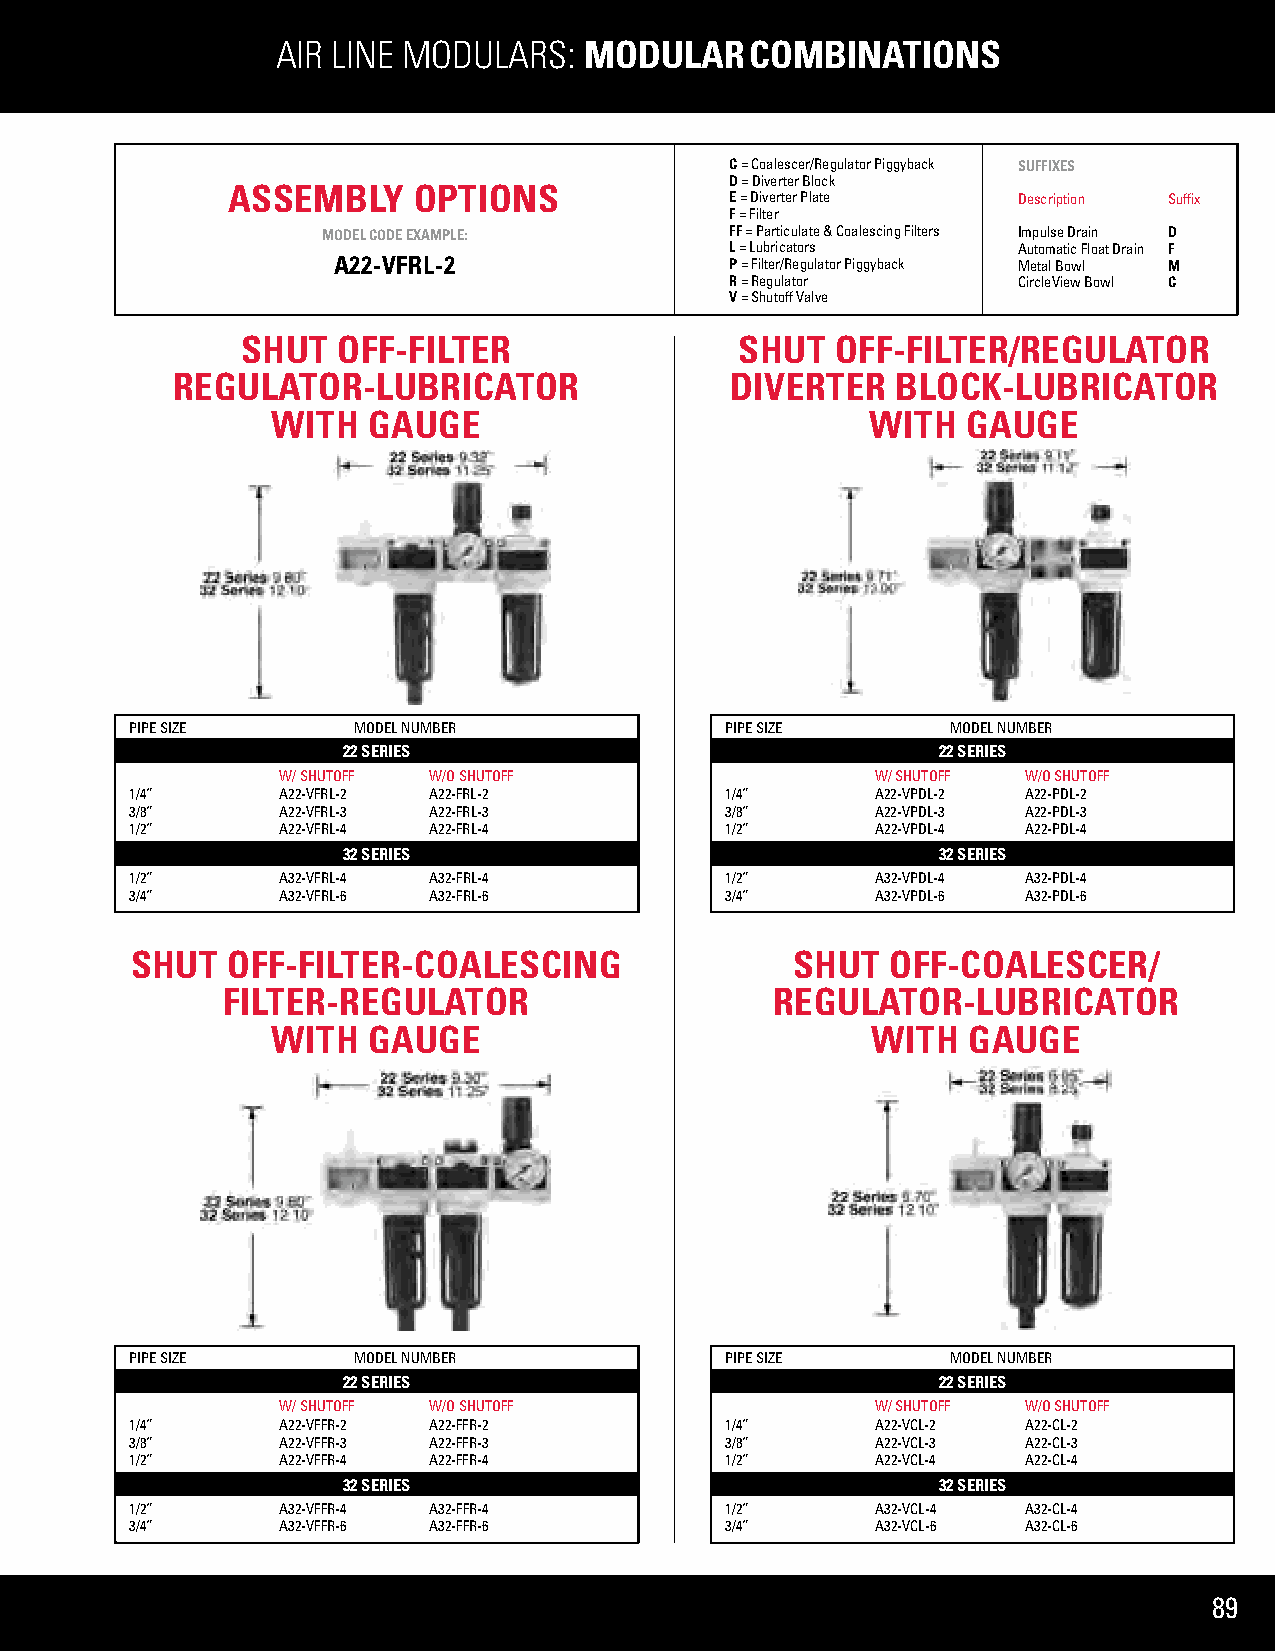
AIR LINE MODULARS:   MODULAR    COMBINATIONS
 C = Coalescer/Regulator Piggyback SUFFIXES
 D = Diverter Block
 ASSEMBLY    OPTIONS
 E = Diverter Plate Description Suffix
 F = Filter
 MODEL CODE EXAMPLE:        FF = Particulate & Coalescing Filters Impulse Drain D
 L = Lubricators    Automatic Float Drain F
 A22-VFRL-2                P = Filter/Regulator Piggyback Metal Bowl M
 R = Regulator      CircleView Bowl C
 V = Shutoff Valve
 SHUT  OFF-FILTER                 SHUT  OFF-FILTER/REGULATOR
 REGULATOR-LUBRICATOR                 DIVERTER   BLOCK-LUBRICATOR
 WITH  GAUGE                             WITH  GAUGE
 PIPE SIZE     MODEL NUMBER             PIPE SIZE      MODEL NUMBER
 22 SERIES                              22 SERIES
 W/ SHUTOFF W/O SHUTOFF                 W/ SHUTOFF W/O SHUTOFF
 1/4”     A22-VFRL-2 A22-FRL-2          1/4”      A22-VPDL-2 A22-PDL-2
 3/8”     A22-VFRL-3 A22-FRL-3          3/8”      A22-VPDL-3 A22-PDL-3
 1/2”     A22-VFRL-4 A22-FRL-4          1/2”      A22-VPDL-4 A22-PDL-4
 32 SERIES                              32 SERIES
 1/2”     A32-VFRL-4 A32-FRL-4          1/2”      A32-VPDL-4 A32-PDL-4
 3/4”     A32-VFRL-6 A32-FRL-6          3/4”      A32-VPDL-6 A32-PDL-6
 SHUT  OFF-FILTER-COALESCING                SHUT   OFF-COALESCER/
 FILTER-REGULATOR                    REGULATOR-LUBRICATOR
 WITH  GAUGE                             WITH  GAUGE
 PIPE SIZE     MODEL NUMBER             PIPE SIZE      MODEL NUMBER
 22 SERIES                              22 SERIES
 W/ SHUTOFF W/O SHUTOFF                 W/ SHUTOFF W/O SHUTOFF
 1/4”     A22-VFFR-2 A22-FFR-2          1/4”      A22-VCL-2 A22-CL-2
 3/8”     A22-VFFR-3 A22-FFR-3          3/8”      A22-VCL-3 A22-CL-3
 1/2”     A22-VFFR-4 A22-FFR-4          1/2”      A22-VCL-4 A22-CL-4
 32 SERIES                              32 SERIES
 1/2”     A32-VFFR-4 A32-FFR-4          1/2”      A32-VCL-4 A32-CL-4
 3/4”     A32-VFFR-6 A32-FFR-6          3/4”      A32-VCL-6 A32-CL-6
 89